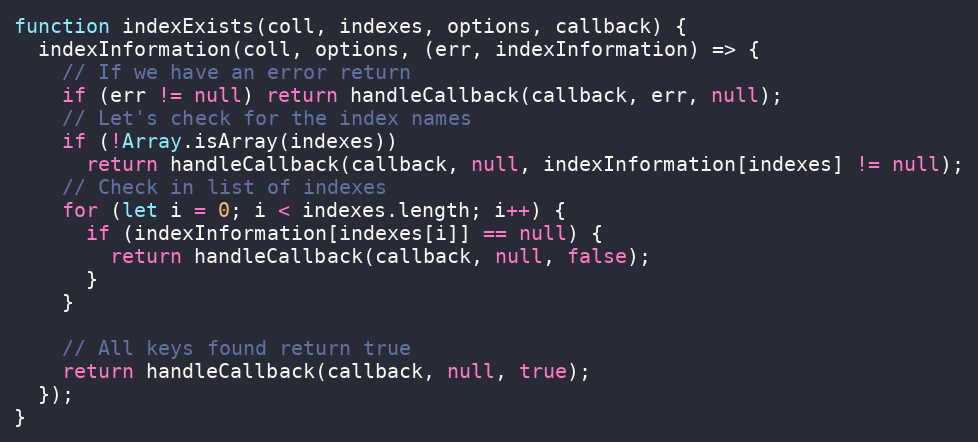
Language: JavaScript
function indexExists(coll, indexes, options, callback) {
  indexInformation(coll, options, (err, indexInformation) => {
    // If we have an error return
    if (err != null) return handleCallback(callback, err, null);
    // Let's check for the index names
    if (!Array.isArray(indexes))
      return handleCallback(callback, null, indexInformation[indexes] != null);
    // Check in list of indexes
    for (let i = 0; i < indexes.length; i++) {
      if (indexInformation[indexes[i]] == null) {
        return handleCallback(callback, null, false);
      }
    }

    // All keys found return true
    return handleCallback(callback, null, true);
  });
}